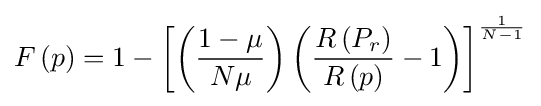
F\left(p\right)=1-\left[\left({\frac {1-\mu }{N\mu }}\right)\left({\frac {R\left(P_{r}\right)}{R\left(p\right)}}-1\right)\right]^{\frac {1}{N-1}}